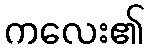
ကလေး၏